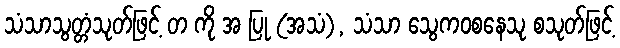
သံသာသွတ္တံသုတ်ဖြင့် တ ကို အ ပြု (အသံ), သံသာ သွေကဝစနေသု စသုတ်ဖြင့်